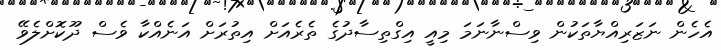
އެހެން ނަޒަރިއްޔާތަކުން ވިސްނާނަމަ މިއީ އިގްތިސާދުގެ ތެރެއަށް އިތުރަށް އަނެއްކާ ވެސް ދޫކޮށްލެވޭ